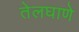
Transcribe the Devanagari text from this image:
तेलघाणे